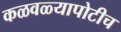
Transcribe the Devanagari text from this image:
कळवळ्यापोटीच